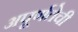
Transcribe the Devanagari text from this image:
अपूर्णतेची